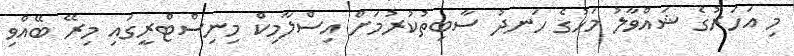
މި އަހަރުގެ ޝައްވާލު މަހުގެ ހަނދު ސާބިތުކުރުމަށް އިސްލާމިކް މިނިސްޓްރީގައި މިރޭ ބޭއްވި